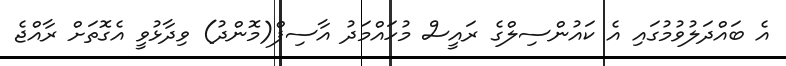
އެ ބައްދަލުވުމުގައި އެ ކައުންސިލްގެ ރައީސް މުހައްމަދު އާސިފް(މޮންދު) ވިދާޅުވީ އެގޮތަށް ރާއްޖެ